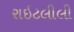
રાઇટલીલી